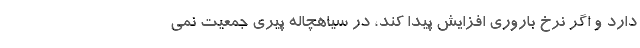
دارد و اگر نرخ باروری افزایش پیدا کند، در سیاهچاله پیری جمعیت نمی